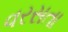
વરસતા